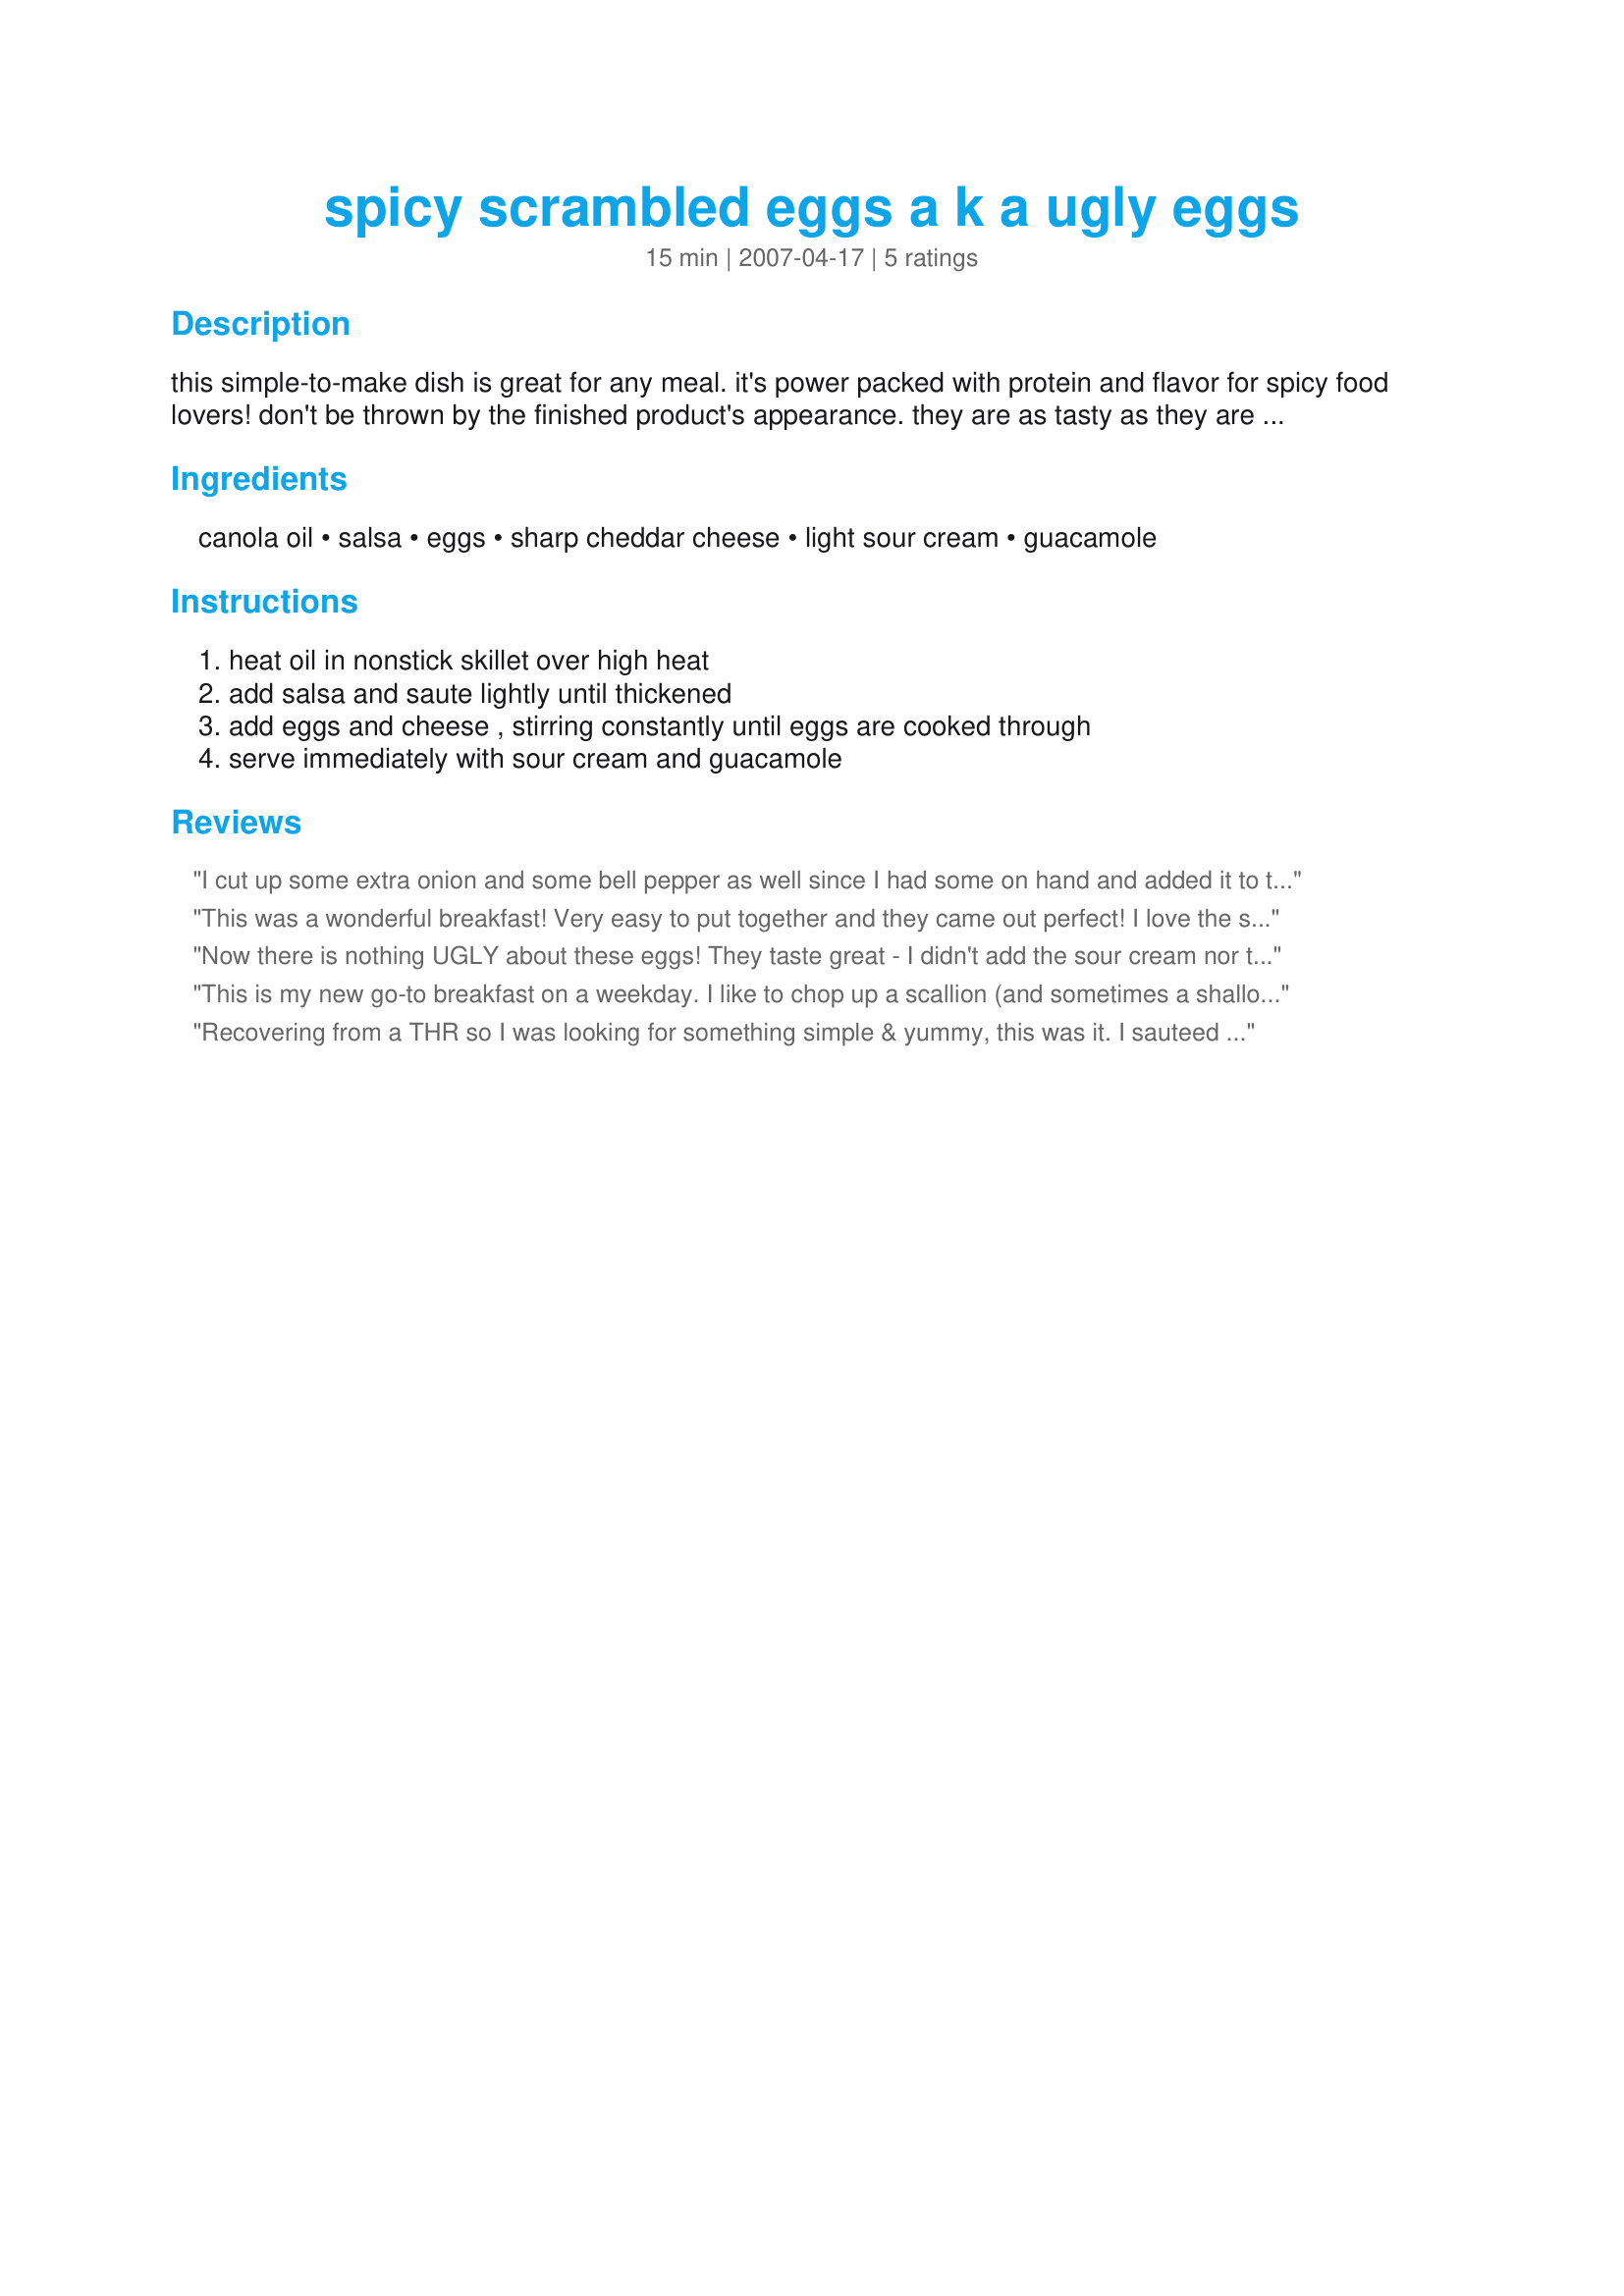
spicy scrambled eggs a k a ugly eggs
Preparation time: 15 minutes

this simple-to-make dish is great for any meal. it's power packed with protein and flavor for spicy food lovers! don't be thrown by the finished product's appearance. they are as tasty as they are ugly!

Ingredients:
canola oil, salsa, eggs, sharp cheddar cheese, light sour cream, guacamole

Steps:
heat oil in nonstick skillet over high heat, add salsa and saute lightly until thickened, add eggs and cheese , stirring constantly until eggs are cooked through, serve immediately with sour cream and guacamole

Reviews:
I cut up some extra onion and some bell pepper as well since I had some on hand and added it to the salsa. After the eggs were made I spread sour cream on a soft tortilla and made a wrap. It was VERY good. I'm not a huge fan of eggs, but these tasted awesome. I will make this again for sure.
This was a wonderful breakfast! Very easy to put together and they came out perfect! I love the salsa and cheese mixed into it. It was wonderful with the sour cream but I wasn't so keen on the guac. Thanks so much for posting!!
Now there is nothing UGLY about these eggs! They taste great - I didn't add the sour cream nor the guacamole and they need that to put them over the top. Lovely Sunday brunch Thanks Heather & David
This is my new go-to breakfast on a weekday. I like to chop up a scallion (and sometimes a shallot too) and saute that a bit before adding the salsa. If you make this with egg beaters, it's not as awesome, but super-healthy!
Recovering from a THR so I was looking for something simple & yummy, this was it. I sauteed some hash browns first and took them out of the pan. Then reduced the salsa, added the potatoes back in with the eggs & monterey jack cheese. Super, and DH absolutely loved it. Loved the salsa trick, will be making this again. Thanks Heather.
